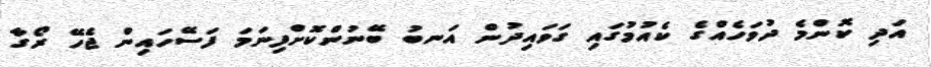
އަދި ކޮންމެ ދުވަހެއްގެ ކެއުމުގައި ގަވައިދުން އަނބު ބޭނުންކޮށްފިނަމަ ފަސޭހައިން ޖެހޭ ރޯގާ